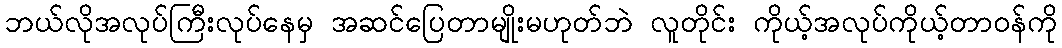
ဘယ်လိုအလုပ်ကြီးလုပ်နေမှ အဆင်ပြေတာမျိုးမဟုတ်ဘဲ လူတိုင်း ကိုယ့်အလုပ်ကိုယ့်တာဝန်ကို